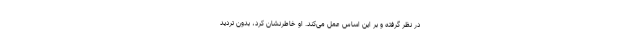
در نظر گرفته و بر این اساس عمل می‌کند. او خاطرنشان کرد، بدون تردید